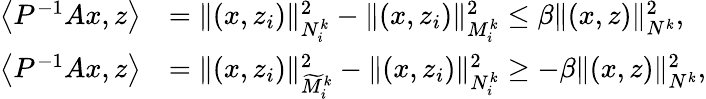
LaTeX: \begin{array}{rl}{\left\langle P^{-1}Ax,z\right\rangle}&{=\| (x,z_{i})\| _{N_{i}^{k}}^{2}-\| (x,z_{i})\| _{M_{i}^{k}}^{2}\leq\beta\| (x,z)\| _{N^{k}}^{2},}\\ {\left\langle P^{-1}Ax,z\right\rangle}&{=\| (x,z_{i})\| _{\widetilde{M}_{i}^{k}}^{2}-\| (x,z_{i})\| _{N_{i}^{k}}^{2}\geq-\beta\| (x,z)\| _{N^{k}}^{2},}\end{array}